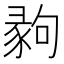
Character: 𢑪